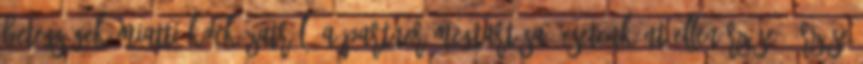
betegségek miatti kockázatról. A partner megtartása, esetenként ellenőrzése, őrzése